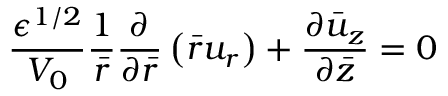
\frac { { \epsilon } ^ { 1 / 2 } } { V _ { 0 } } \frac { 1 } { \bar { r } } \frac { \partial } { { \partial } \bar { r } } \left( \bar { r } { u } _ { r } \right) + \frac { { \partial } \bar { u } _ { z } } { { \partial } \bar { z } } = 0